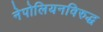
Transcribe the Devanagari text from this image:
नेपोलियनविरुद्ध